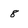
Character: 8